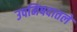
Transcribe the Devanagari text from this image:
उपनिषदातले